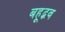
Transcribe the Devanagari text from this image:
बहूद्भव